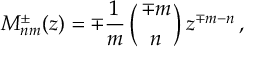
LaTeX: M _ { n m } ^ { \pm } ( z ) = \mp { \frac { 1 } { m } } \left( { \mp m \atop n } \right) z ^ { \mp m - n } \, ,